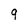
Character: 9